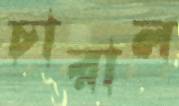
চারাল